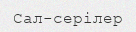
Сал-серілер